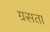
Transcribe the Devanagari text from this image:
ग्रसता